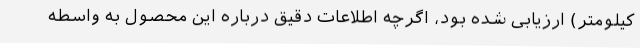
کیلومتر) ارزیابی شده بود، اگرچه اطلاعات دقیق درباره این محصول به واسطه